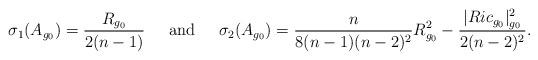
LaTeX: \begin{align*}\sigma_1(A_{g_0})=\frac{R_{g_0}}{2(n-1)}\;\;\;\;\mbox{ and }\;\;\;\;\sigma_2(A_{g_0})=\frac{n}{8(n-1)(n-2)^2}R_{g_0}^2- \frac{|Ric_{g_0}|_{g_0}^2}{2(n-2)^2}.\end{align*}